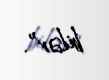
bilər”.